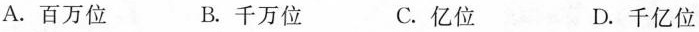
A.百万位 B.千万位 C.亿位 D.千亿位